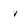
Character: V